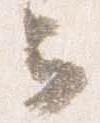
云